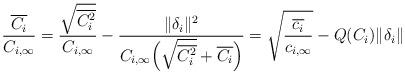
LaTeX: \begin{align*}\frac{\overline{C_i}}{C_{i,\infty}} = \frac{\sqrt{\overline{C_i^2}}}{C_{i,\infty}} - \frac{\|\delta_i\|^2}{C_{i,\infty}\Bigl(\sqrt{\overline{C_i^2}} + \overline{C_i}\Bigr)} = \sqrt{\frac{{\overline{c_i}}}{c_{i,\infty}}} - Q(C_i)\|\delta_i\|\end{align*}